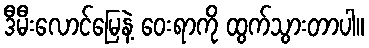
ဒီမီးလောင်မြေနဲ့ ဝေးရာကို ထွက်သွားတာပါ။